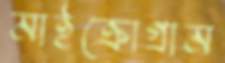
মাইক্রোগ্রাম